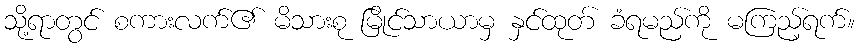
သို့ရာတွင် စကားလက်၏ မိသားစု မြိုင်သာယာမှ နှင်ထုတ် ခံရမည်ကို မကြည့်ရက်။